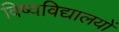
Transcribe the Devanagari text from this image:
विष्वविद्यालयों